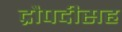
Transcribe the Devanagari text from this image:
द्रौपदीसह